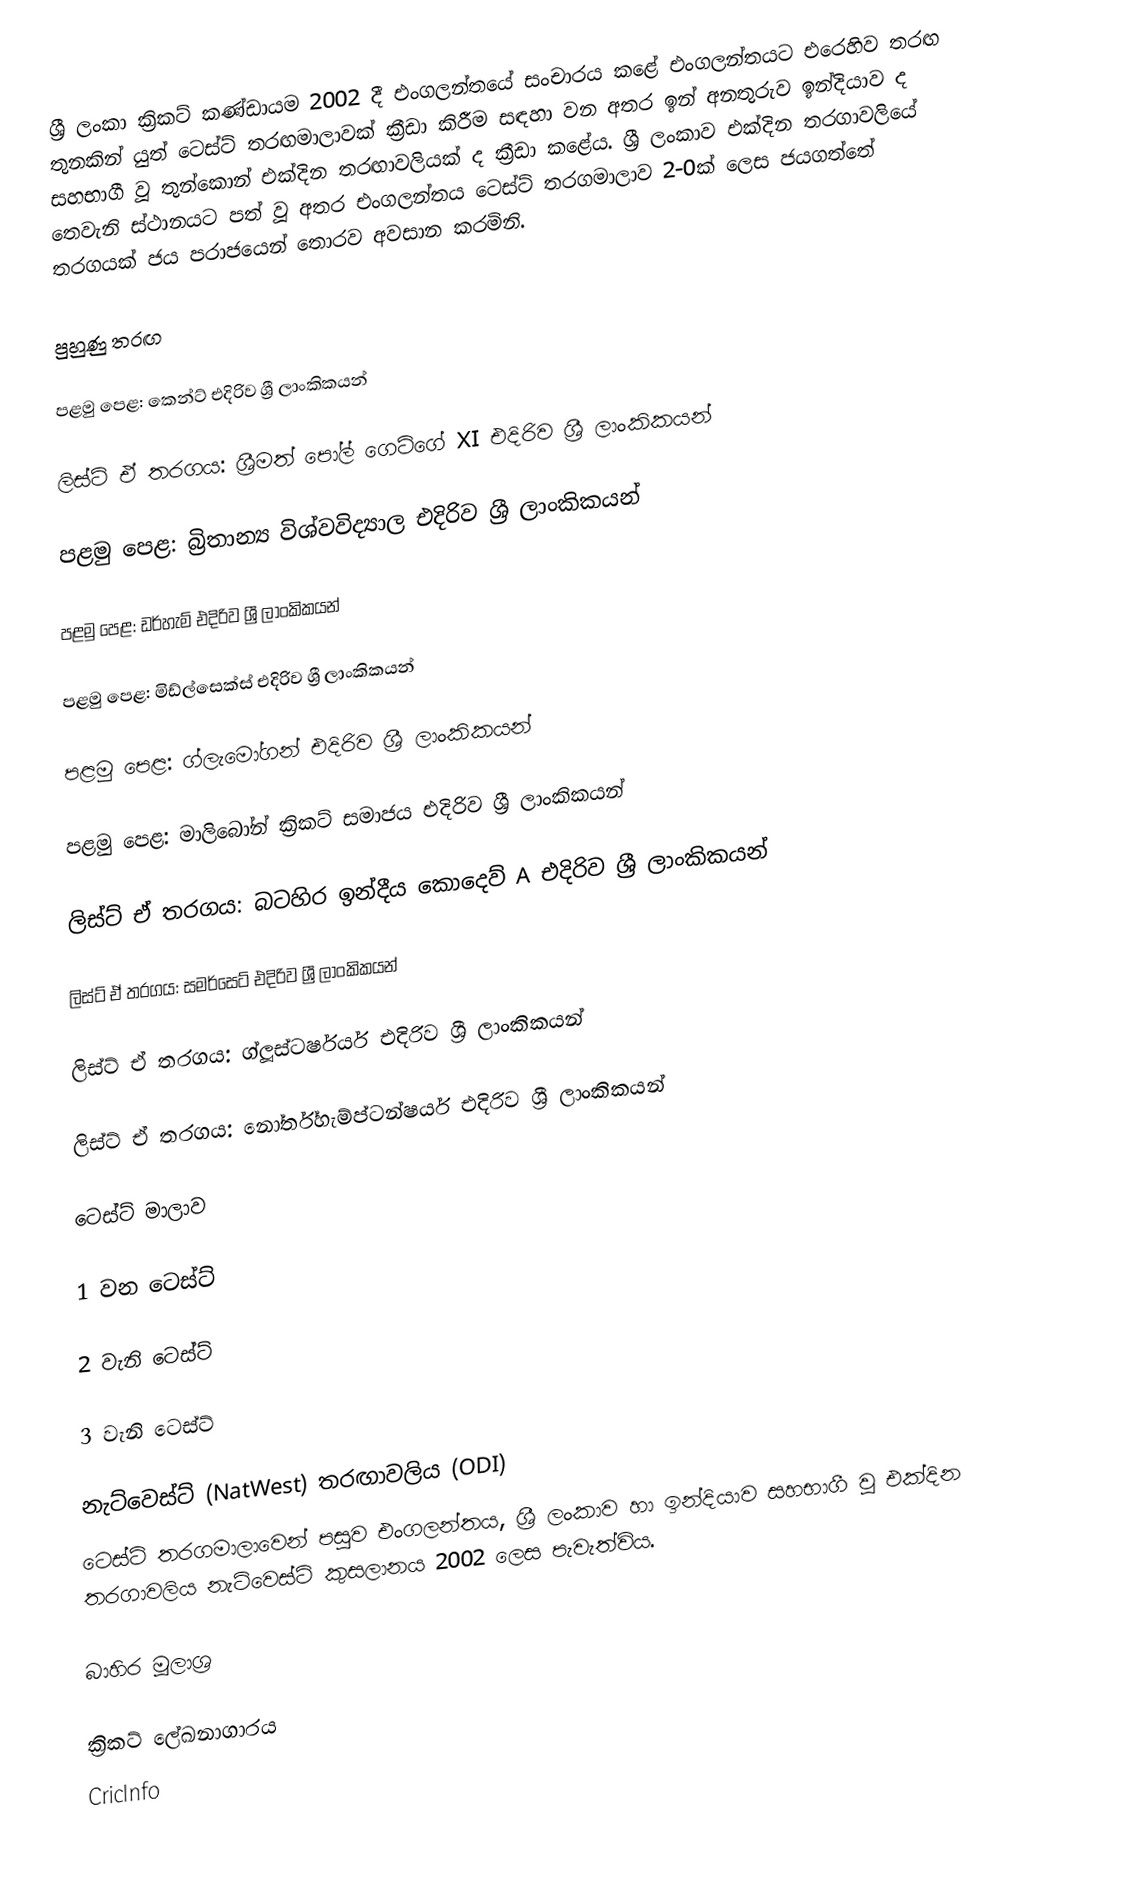
ශ්‍රී ලංකා ක්‍රිකට් කණ්ඩායම 2002 දී එංගලන්තයේ සංචාරය කළේ එංගලන්තයට එරෙහිව තරඟ තුනකින් යුත් ටෙස්ට් තරඟමාලාවක් ක්‍රීඩා කිරීම සඳහා වන අතර ඉන් අනතුරුව ඉන්දියාව ද සහභාගී වූ තුන්කොන් එක්දින තරඟාවලියක් ද ක්‍රීඩා කළේය. ශ්‍රී ලංකාව එක්දින තරගාවලියේ තෙවැනි ස්ථානයට පත් වූ අතර එංගලන්තය ටෙස්ට් තරගමාලාව 2-0ක් ලෙස ජයගත්තේ තරගයක් ජය පරාජයෙන් තොරව අවසාන කරමිනි.

පුහුණු තරඟ

පළමු පෙළ: කෙන්ට් එදිරිව ශ්‍රී ලාංකිකයන්

ලිස්ට් ඒ තරගය: ශ්‍රීමත් පෝල් ගෙටිගේ XI එදිරිව ශ්‍රී ලාංකිකයන්

පළමු පෙළ: බ්‍රිතාන්‍ය විශ්වවිද්‍යාල එදිරිව ශ්‍රී ලාංකිකයන්

පළමු පෙළ: ඩර්හැම් එදිරිව ශ්‍රී ලාංකිකයන්

පළමු පෙළ: මිඩ්ල්සෙක්ස් එදිරිව ශ්‍රී ලාංකිකයන්

පළමු පෙළ: ග්ලැමෝගන් එදිරිව ශ්‍රී ලාංකිකයන්

පළමු පෙළ: මාලිබෝන් ක්‍රිකට් සමාජය එදිරිව ශ්‍රී ලාංකිකයන්

ලිස්ට් ඒ තරගය: බටහිර ඉන්දීය කොදෙව් A එදිරිව ශ්‍රී ලාංකිකයන්

ලිස්ට් ඒ තරගය: සමර්සෙට් එදිරිව ශ්‍රී ලාංකිකයන්

ලිස්ට් ඒ තරගය: ග්ලූස්ටර්ෂයර් එදිරිව ශ්‍රී ලාංකිකයන්

ලිස්ට් ඒ තරගය: නෝර්ත්හැම්ප්ටන්ෂයර් එදිරිව ශ්‍රී ලාංකිකයන්

ටෙස්ට් මාලාව

1 වන ටෙස්ට්

2 වැනි ටෙස්ට්

3 වැනි ටෙස්ට්

නැට්වෙස්ට් (NatWest) තරඟාවලිය (ODI)
ටෙස්ට් තරගමාලාවෙන් පසුව එංගලන්තය, ශ්‍රී ලංකාව හා ඉන්දියාව සහභාගී වූ එක්දින තරගාවලිය නැට්වෙස්ට් කුසලානය 2002 ලෙස පැවැත්විය.

බාහිර මූලාශ්‍ර

 ක්‍රිකට් ලේඛනාගාරය
 CricInfo